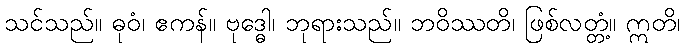
သင်သည်။ ဓုဝံ၊ ဧကန်။ ဗုဒ္ဓေါ၊ ဘုရားသည်။ ဘဝိဿတိ၊ ဖြစ်လတ္တံ့။ ဣတိ၊